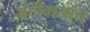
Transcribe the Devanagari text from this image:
बंदीवासांत